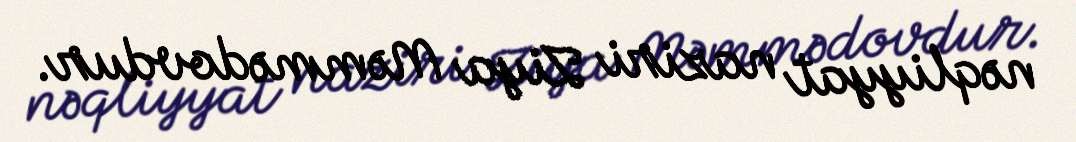
nəqliyyat naziri Ziya Məmmədovdur.